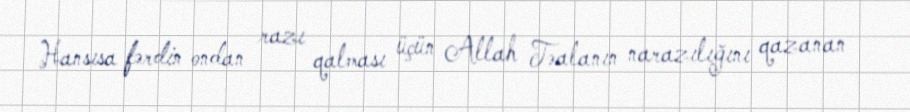
Hansısa fərdin ondan razı qalması üçün Allah Təalanın narazılığını qazanan